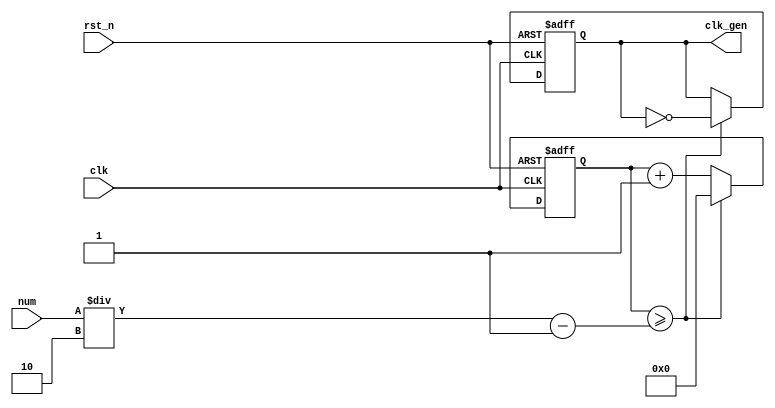
// ---------------------------------------------------------
//                  NCO + counter Design
// Course: practice in digital logic design
// Assignment: week4 assignment A1
// --------------------- list ---------------------
// NCO
// 0~59 Counter
// A1: NCO + Counter Design
// ---------------------------------------------------------

// ------------------------------------------------
// NCO
// ------------------------------------------------
module nco ( clk_gen, num, clk, rst_n );

output		clk_gen	;
input	[31:0]	num	;
input		clk	;
input		rst_n	;

reg	[31:0]	cnt	;
reg		clk_gen	;

always	@(posedge clk or negedge rst_n) begin
	if (rst_n == 1'b0) begin // reset
		cnt	<= 32'd0;
		clk_gen	<= 1'd0	;
	end else begin
		if (cnt >= num/2-1) begin
			cnt	<= 32'd0	;
			clk_gen	<= ~clk_gen	;
		end else begin
			cnt	<= cnt + 1'b1	;
		end
	end
end
endmodule

// ------------------------------------------------
// 0~59 Counter
// ------------------------------------------------
module cnt60( out, clk, rst_n );

output	[5:0]	out	;
input		clk	;
input		rst_n	;
reg	[5:0]	out	;

always 	@(posedge clk or negedge rst_n) begin
	if (rst_n == 1'b0) begin
		out <= 6'b0	;
	end else begin
		if (out >= 6'd59) begin
			out <= 6'd0;
		end else begin
			out <= out + 1'b1;
		end
	end
end
endmodule

// ------------------------------------------------
// A1: NCO + Counter Design
// ------------------------------------------------
module top_cnt ( out, num, clk, rst_n );

output	[5:0]	out	;
input	[31:0]	num	;
input		clk	;
input		rst_n	;
wire		clk_gen	;

nco	nco_1 ( .clk_gen ( clk_gen ), .num ( num ), .clk ( clk ), .rst_n ( rst_n )); // 1HZ clock
cnt60	cnt_1 ( .out ( out ), .clk ( clk_gen ), .rst_n ( rst_n ));

endmodule